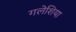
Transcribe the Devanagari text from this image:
गलेशिया